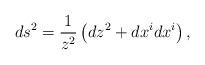
LaTeX: \begin{align*}ds^2 = \frac{1}{z^2}\left( dz^2 + dx^i dx^i \right),\end{align*}